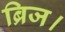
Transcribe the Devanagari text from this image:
ब्रिज।